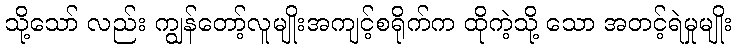
သို့သော် လည်း ကျွန်တော့်လူမျိုးအကျင့်စရိုက်က ထိုကဲ့သို့ သော အတင့်ရဲမှုမျိုး